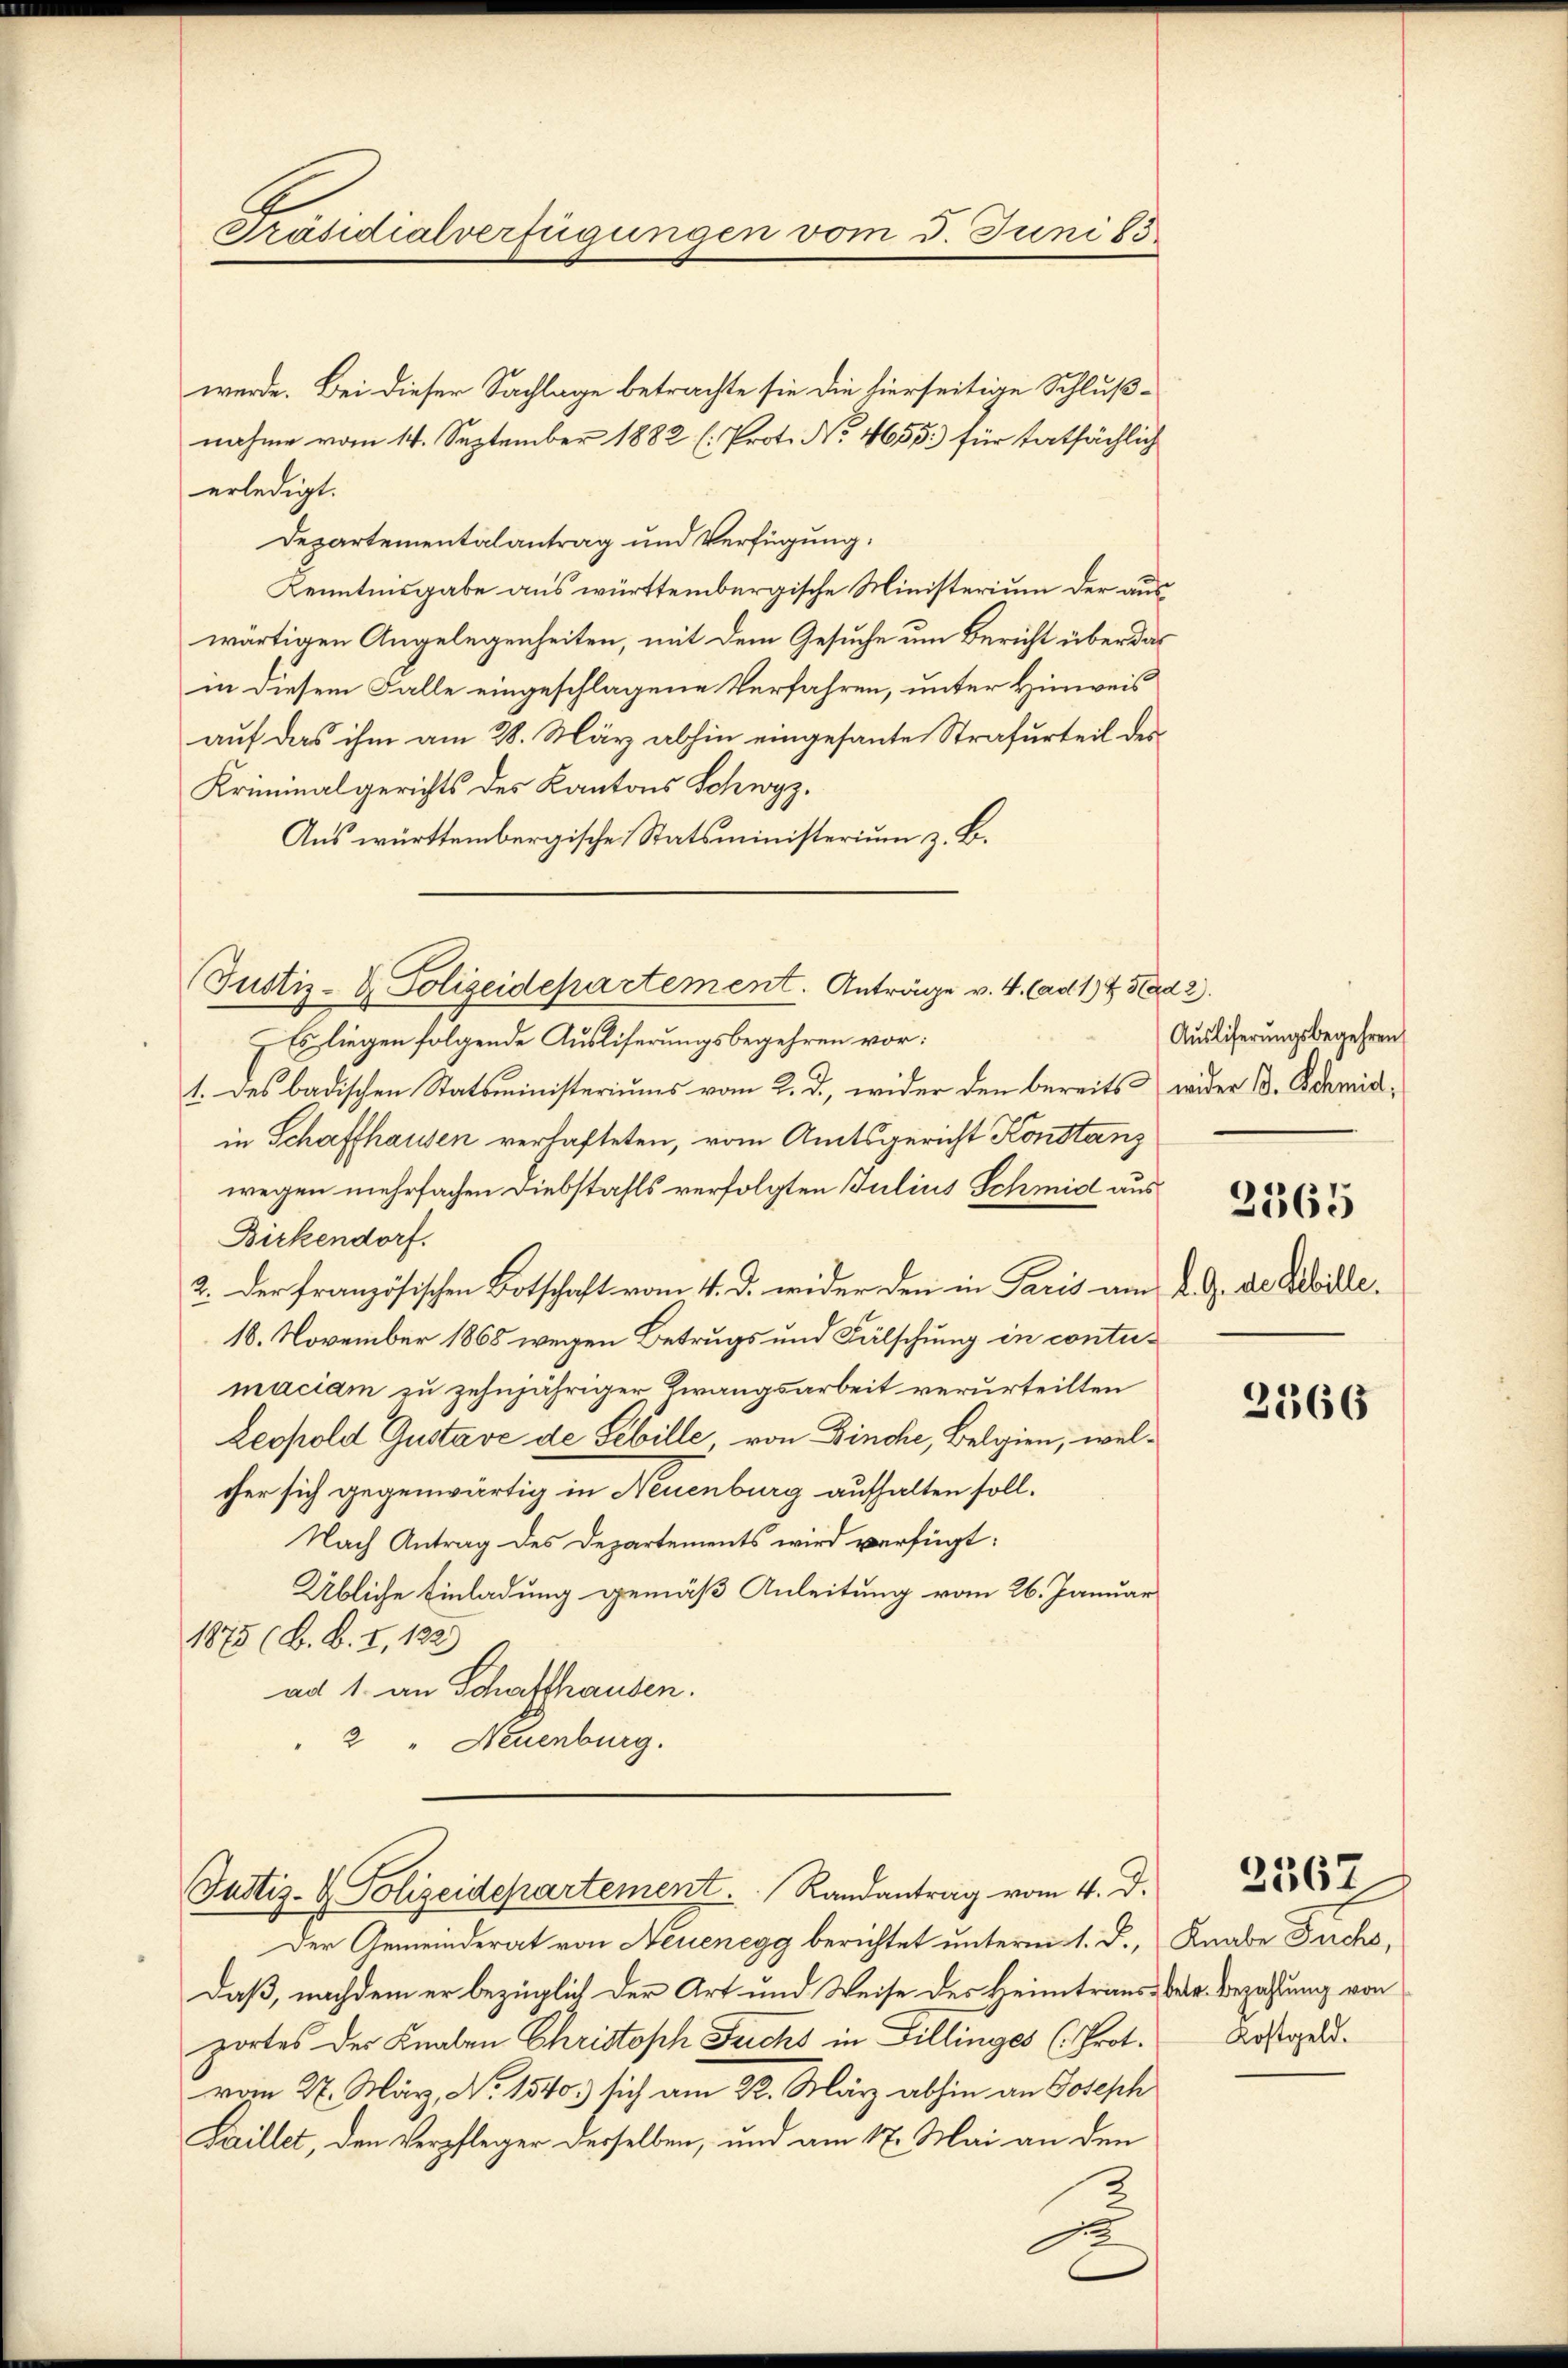
Präsidialverfügungen vom 5. Juni 85

werde. Bei dieser Sachlage betrachte sie die hierseitige Schlußnahme vom 14. September 1882 (: Prot. No 4655) für tatsächlich
erledigt.
Departementalantrag und Verfügung:
Kenntnisgabe aus württembergische Ministerium der anwärtigen Angelegenheiten, mit dem Gesuche um Bericht über das
in diesem Falle eingeschlagene Verfahren, unter Hinweis
auf das ihm am 28. März abhin eingesante Strafurteil des
Kriminalgerichts des Kantons Schwyz.
Aus württembergische Statsministerium z. B.
 Es liegen folgende Ausliserungsbegehren vor:
1. des badischen Statsministeriums vom 2. d., wider den bereits wider B. Schmidin Schaffhausen verhafteten, vom Amtsgericht Konstanz
wegen mehrfachen Diebstahls verfolgten Julius Schmid aus
Birkendorf.
2. Der französischen Botschaft vom 4. d. wider den in Paris am 2. d. d. Achille.
18. November 1868 wegen Betrugs und Fälschung in contumaciam zu zehnjähriger Zwangsarbeit verurteilten
Leopold Gustave de Sebille von Binche, Belgien, welcher sich gegenwärtig in Neuenburg aufhalten soll.
Nach Antrag des Departements wird verfügt:
Übliche Einladung gemäß Anleitung vom 26. Januar
1875 (B. b. I, 122.)
ad 1. an Schafthausen.
2 " Neuenburg.
Justiz- & Polizeidepartement. Randantrag vom 4. d.
Der Gemeinderat von Neuenegg berichtet unterm 1. D.,
Daß, nachdem er bezüglich der Art und Weise des Heimtraus der Bezahlung von
zortes der Knaben Christoph Fuchs in Tillinges (Prot.
vom 27. März, Nr. 1540) sich am 22. März abhin an Joseph
Faillet, den Verpfleger derselben, und am 17. Mai an den
2
u

Justiz- & Polizeidepartement. Anträge v. 4. ad 1 ½ Stad 2.

C

Auslieferungsbegehren
2365

2366

Knabe Fuchs,
Kostgeld.

2567